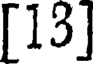
[13]